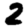
Digit: 2